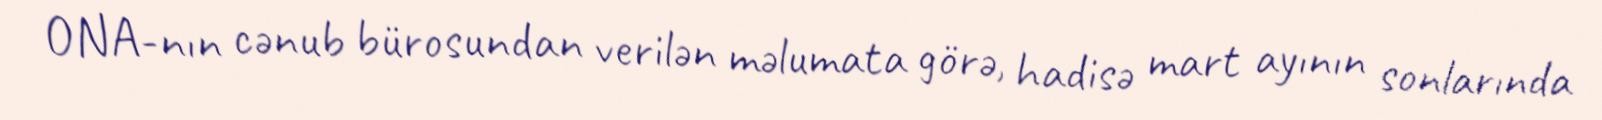
ONA-nın cənub bürosundan verilən məlumata görə, hadisə mart ayının sonlarında